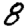
Digit: 8